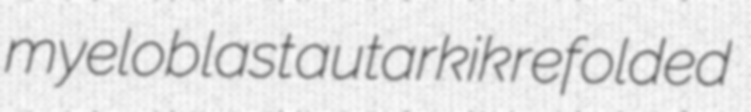
myeloblast autarkik refolded